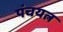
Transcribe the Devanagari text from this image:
पंचयत्न